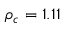
\rho _ { c } = 1 . 1 1